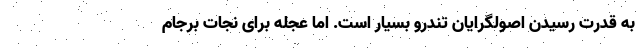
به قدرت رسیدن اصولگرایان تندرو بسیار است. اما عجله برای نجات برجام